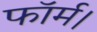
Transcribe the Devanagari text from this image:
फॉर्म।